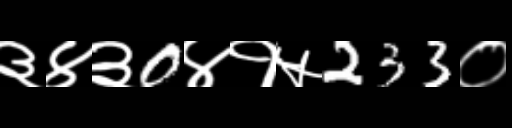
Text: ३४३0४१५233०